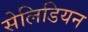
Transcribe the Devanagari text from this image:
सेलिडियन